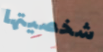
شخصيتها